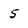
Character: 5